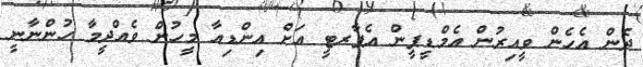
ދެން އެހެން ވީއިރުން އެމްޑީޕީން އެޕާރޓީ އަށް އިންޑިއާ މީހުން ވެއްދީމާ ހުންނާނީ